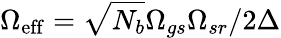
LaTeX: \Omega_{\mathrm{eff}}=\sqrt{N_{b}}\Omega_{gs}\Omega_{sr}/{2\Delta}